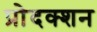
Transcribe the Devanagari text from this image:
प्रोदक्शन